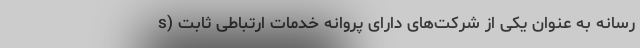
رسانه به عنوان یکی از شرکت‌های دارای پروانه خدمات ارتباطی ثابت (s